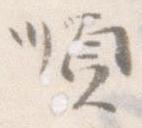
順